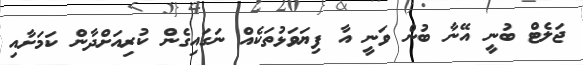
ޖަލެޓް ބުނީ އޭނާ ބުން ވަނީ އާ ފިޔަވަޅުތަކެއް ނަގައިގެން ކުރިއަށްދާން ކަމަށާއި